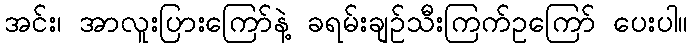
အင်း၊ အာလူးပြားကြော်နဲ့ ခရမ်းချဉ်သီးကြက်ဥကြော် ပေးပါ။